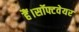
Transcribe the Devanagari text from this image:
हैं।सॉफ्टवेयर